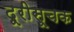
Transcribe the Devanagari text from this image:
दूरीसूचक